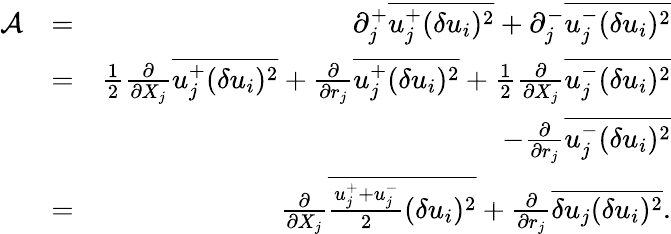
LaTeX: \begin{array}{rlr}{\mathcal{A}}&{=}&{\partial_{j}^{+}\overline{{u_{j}^{+}(\delta u_{i})^{2}}}+\partial_{j}^{-}\overline{{u_{j}^{-}(\delta u_{i})^{2}}}}\\ &{=}&{\frac{1}{2}\frac{\partial}{\partial{X_{j}}}\overline{{u_{j}^{+}(\delta u_{i})^{2}}}+\frac{\partial}{\partial{r_{j}}}\overline{{u_{j}^{+}(\delta u_{i})^{2}}}+\frac{1}{2}\frac{\partial}{\partial{X_{j}}}\overline{{u_{j}^{-}(\delta u_{i})^{2}}}}\\ &{}&{-\frac{\partial}{\partial{r_{j}}}\overline{{u_{j}^{-}(\delta u_{i})^{2}}}}\\ &{=}&{\frac{\partial}{\partial{X_{j}}}\overline{{\frac{u_{j}^{+}+u_{j}^{-}}{2}(\delta u_{i})^{2}}}+\frac{\partial}{\partial{r_{j}}}\overline{{\delta u_{j}(\delta u_{i})^{2}}}.}\end{array}